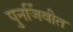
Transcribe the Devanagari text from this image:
पुनर्जिवीत